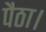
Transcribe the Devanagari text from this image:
पैठा।